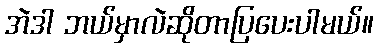
အဲဒါ ဘယ်မှာလဲဆိုတာပြပေးပါမယ်။